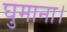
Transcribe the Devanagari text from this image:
घुमाना।